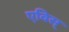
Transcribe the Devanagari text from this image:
एविस्